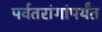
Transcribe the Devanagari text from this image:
पर्वतरांगांपर्यंत